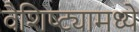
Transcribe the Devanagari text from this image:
वैशिष्ट्यामध्ये